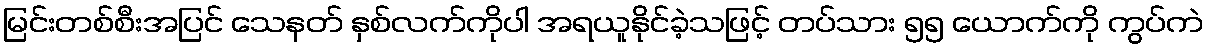
မြင်းတစ်စီးအပြင် သေနတ် နှစ်လက်ကိုပါ အရယူနိုင်ခဲ့သဖြင့် တပ်သား ၅၅ ယောက်ကို ကွပ်ကဲ